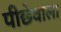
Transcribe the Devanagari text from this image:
पीछेवाला